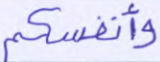
وأنفسكم